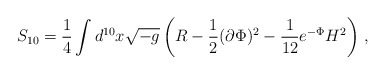
\begin{align*}S_{10} = \frac{1}{4} \int d^{10}x \sqrt{-g} \left( R - \frac{1}{2}(\partial \Phi)^2 - \frac{1}{12} e^{-\Phi} H^2 \right)\,,\end{align*}